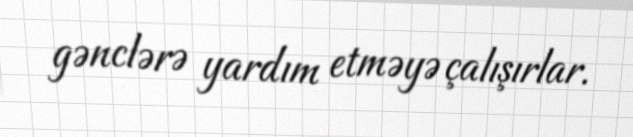
gənclərə yardım etməyə çalışırlar.